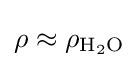
\rho \approx \rho _{\mathrm {H} {\vphantom {A}}_{\smash[{t}]{2}}\mathrm {O} }